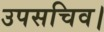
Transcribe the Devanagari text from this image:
उपसचिव।